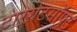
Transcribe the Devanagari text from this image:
टारगेटसॉफ्ट